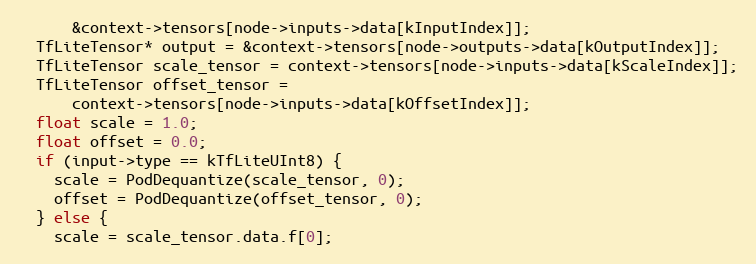
Language: C++
      &context->tensors[node->inputs->data[kInputIndex]];
  TfLiteTensor* output = &context->tensors[node->outputs->data[kOutputIndex]];
  TfLiteTensor scale_tensor = context->tensors[node->inputs->data[kScaleIndex]];
  TfLiteTensor offset_tensor =
      context->tensors[node->inputs->data[kOffsetIndex]];
  float scale = 1.0;
  float offset = 0.0;
  if (input->type == kTfLiteUInt8) {
    scale = PodDequantize(scale_tensor, 0);
    offset = PodDequantize(offset_tensor, 0);
  } else {
    scale = scale_tensor.data.f[0];